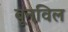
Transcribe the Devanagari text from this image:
बूनविल